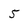
Character: 5